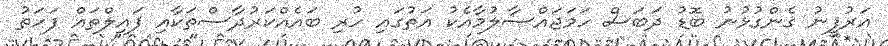
އަރުފީނު ގެންގުޅުނު ބޮޑު ދަބަސް ހަމަޖައްސާލުމާއެކު އަތުގައި ހުރި ބައެއްކަރުދާސްތަކާއި ފައިލްތައް ފަހަތު